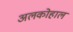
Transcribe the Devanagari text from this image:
अलकोहाल